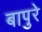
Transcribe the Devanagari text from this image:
बापुरे